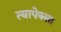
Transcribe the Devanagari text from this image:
त्यापेक्शा